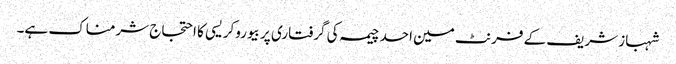
شہباز شریف کے فرنٹ مین احد چیمہ کی گرفتاری پر بیوروکریسی کا احتجاج شرمناک ہے۔